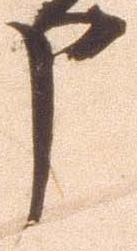
申